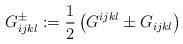
LaTeX: \begin{align*}G^\pm_{ijkl} := \frac12 \left( G^{ijkl} \pm G_{ijkl} \right)\end{align*}